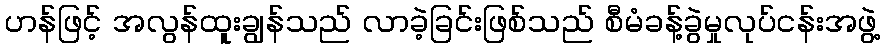
ဟန်ဖြင့် အလွန်ထူးချွန်သည် လာခဲ့ခြင်းဖြစ်သည် စီမံခန့်ခွဲမှုလုပ်ငန်းအဖွဲ့